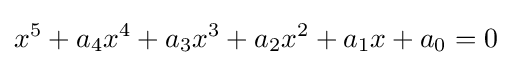
x^{5}+a_{4}x^{4}+a_{3}x^{3}+a_{2}x^{2}+a_{1}x+a_{0}=0